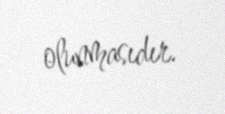
olunmasıdır.